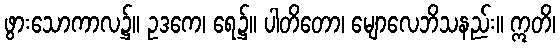
ဖွားသောကာလ၌။ ဥဒကေ၊ ရေ၌။ ပါတိတော၊ မျောလေဘိသနည်း။ ဣတိ၊